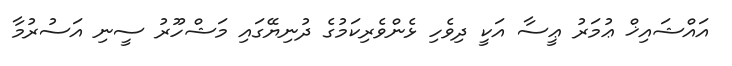
އައްޝައިޚް ޢުމަރު ޢީސާ އަކީ ދިވެހި ޅެންވެރިކަމުގެ ދުނިޔޭގައި މަޝްހޫރު ސީނި އަސުރުމާ